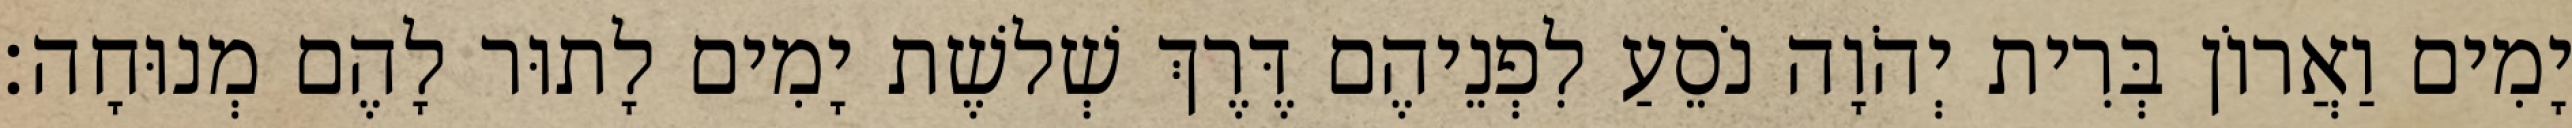
יָמִים וַאֲרוֹן בְּרִית יְהֹוָה נֹסֵעַ לִפְנֵיהֶם דֶּרֶךְ שְׁלשֶׁת יָמִים לָתוּר לָהֶם מְנוּחָה׃